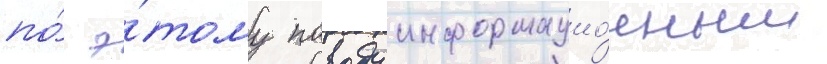
по́ э́тому поводу информацио́нным